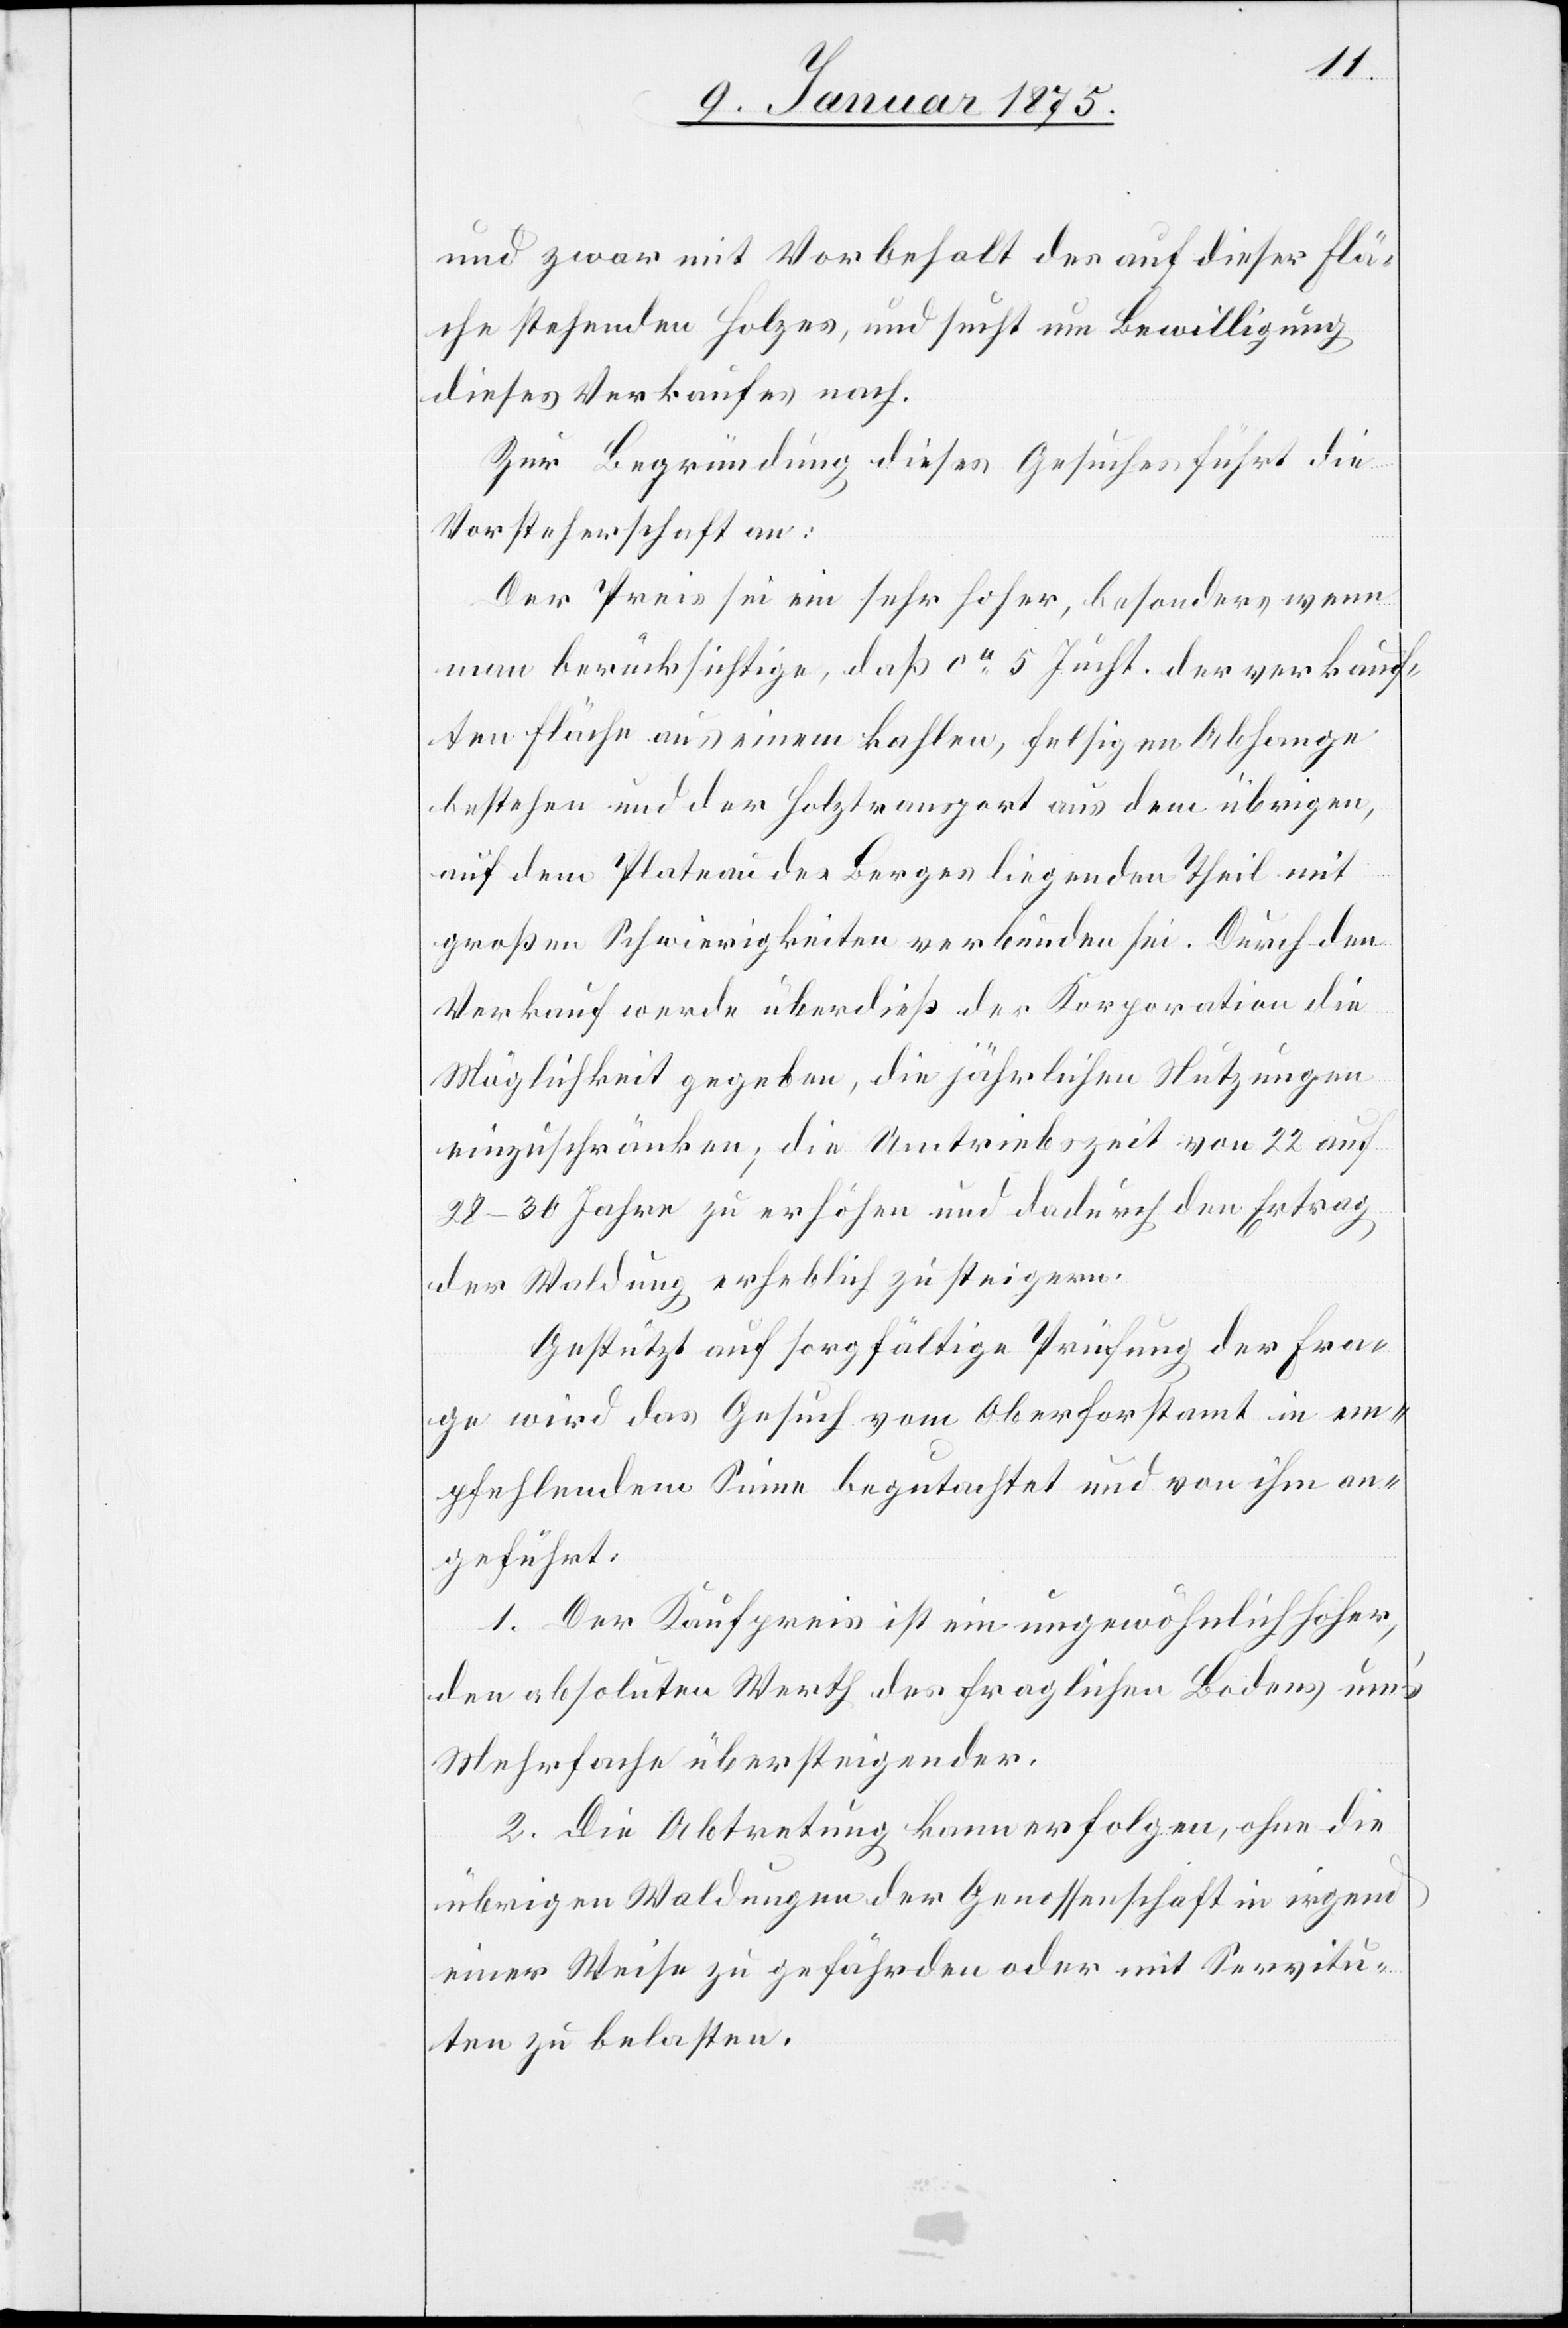
und zwar mit Vorbehalt des auf dieser Flä¬
che stehenden Holzes, und sucht um Bewilligung
dieses Verkaufes nach.
Zur Begründung dieses Gesuches führt die
Vorsteherschaft an:
Der Preis sei ein sehr hoher, besonders wenn
man berücksichtige, daß ca 5 Jucht. der verkauf¬
ten Fläche aus einem kahlen, felsigen Abhange
bestehen und der Holztransport aus dem übrigen,
auf dem Plateau des Berges liegenden Theil mit
großen Schwierigkeiten verbunden sei. Durch den
Verkauf werde überdieß der Korporation die
Möglichkeit gegeben, die jährlichen Nutzungen
einzuschränken; die Umtriebszeit von 22 auf
28–30 Jahre zu erhöhen und dadurch den Ertrag
der Waldung erheblich zu steigern.
Gestützt auf sorgfältige Prüfung der Fra¬
ge wird das Gesuch vom Oberforstamt in em¬
pfehlendem Sinne begutachtet und von ihm an¬
geführt:
1. Der Kaufpreis ist ein ungewöhnlich hoher,
den absoluten Werth des fraglichen Bodens um’s
Mehrfache übersteigender.
2. Die Abtretung kann erfolgen, ohne die
übrigen Waldungen der Genossenschaft in irgend
einer Weise zu gefährden oder mit Servitu¬
ten zu belasten.